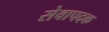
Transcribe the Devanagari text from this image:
सेवापदक